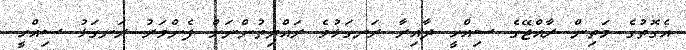
އެގޮތުގެ މަތިން ރާއްޖޭގެ ސިއްހީ ދާއިރާ ރަނގަޅުވެ ރައްޔިތުންނަށް ފެންވަރު ރަނގަޅު ސިއްހީ